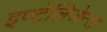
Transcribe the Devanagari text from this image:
इण्टेलिजेन्स